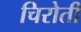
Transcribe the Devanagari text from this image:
चिरोती